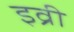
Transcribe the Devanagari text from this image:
इव्री